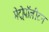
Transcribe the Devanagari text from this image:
मेट्रोपॉलीटन